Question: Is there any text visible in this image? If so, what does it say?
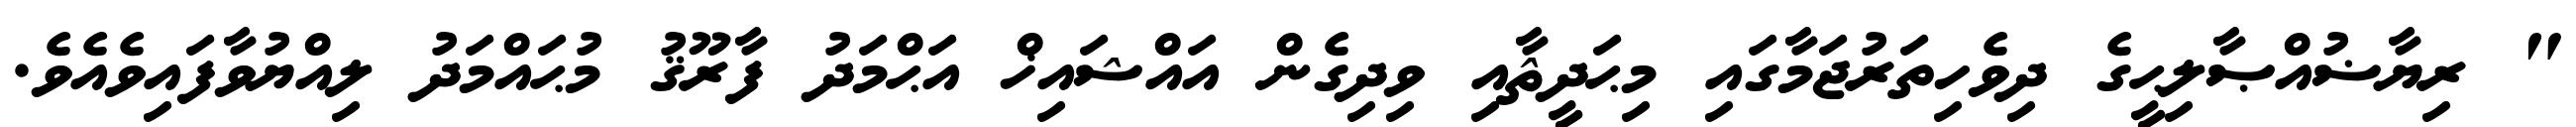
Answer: " ރިޔާޟުއްޞާލިޙީގެ ދިވެހިތަރުޖަމާގައި މިޙަދީޘާއި ވިދިގެން އައްޝައިޚް އަޙްމަދު ފާރޫޤު މުޙައްމަދު ލިއްޔުވާފައިވެއެވެ.